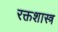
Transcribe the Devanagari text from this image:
रक्तशास्त्र